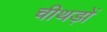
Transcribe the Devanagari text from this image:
चीथड़ों